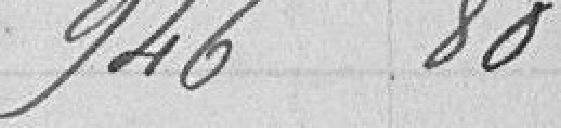
946,80